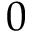
0